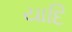
યાદિ